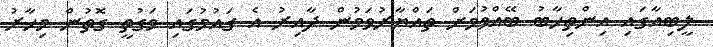
ލީބިއާގައި އިންތިހާބު ބޭއްވުމަށް ތައްޔާރުވަމުން ދާއިރު އެ ގައުމުގައި ވަގުތީ ގޮތުން މިހާރު